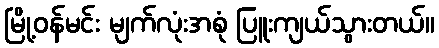
မြို့ဝန်မင်း မျက်လုံးအစုံ ပြူးကျယ်သွားတယ်။